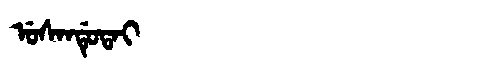
Manchu: ᡠᠰᠠᠨᡩᡠᡨᠠᡳ
Romanization: USANDUTAI